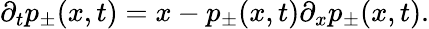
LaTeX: \partial_{t}p_{\pm}(x,t)=x-p_{\pm}(x,t)\partial_{x}p_{\pm}(x,t).